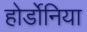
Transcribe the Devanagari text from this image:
होर्डोनिया